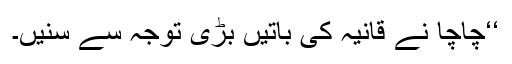
‘‘چاچا نے قانیہ کی باتیں بڑی توجہ سے سنیں۔